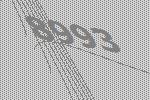
8993